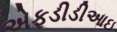
એફડીડીઆઇ